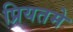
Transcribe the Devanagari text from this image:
प्रियतमे